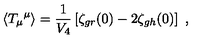
\langle { T _ { \mu } } ^ { \mu } \rangle = \frac { 1 } { V _ { 4 } } \left[ \zeta _ { g r } ( 0 ) - 2 \zeta _ { g h } ( 0 ) \right] \ ,